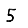
Digit: 5